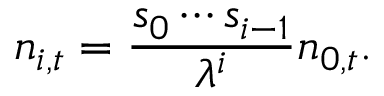
n _ { i , t } = { \frac { s _ { 0 } \cdots s _ { i - 1 } } { \lambda ^ { i } } } n _ { 0 , t } .